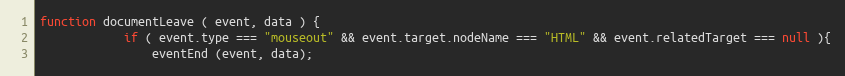
Language: JavaScript
function documentLeave ( event, data ) {
            if ( event.type === "mouseout" && event.target.nodeName === "HTML" && event.relatedTarget === null ){
                eventEnd (event, data);